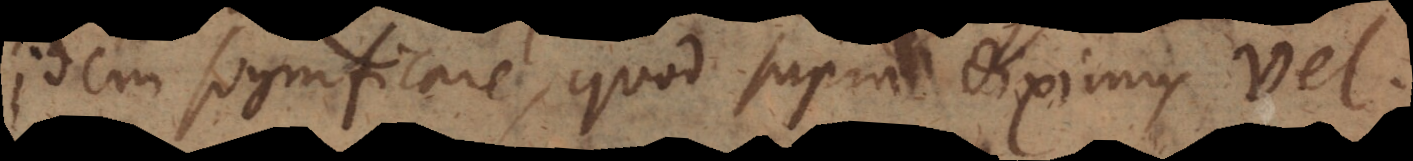
idem significare, quod supra diximus vel.